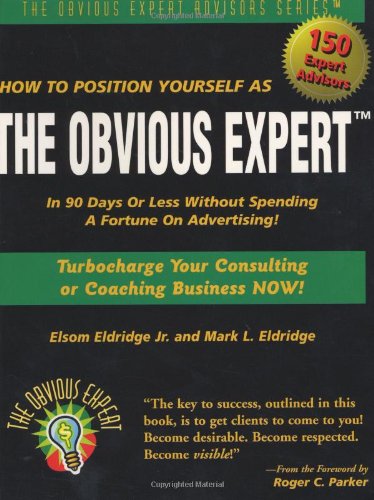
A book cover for How to Position Yourself As the Obvious Expert: Turbocharge Your Consulting or Coaching Business Now!; Elsom Eldridge Jr.; Business & Money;